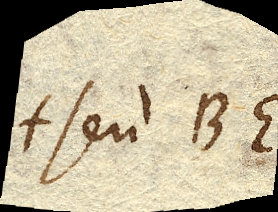
+ seu BE